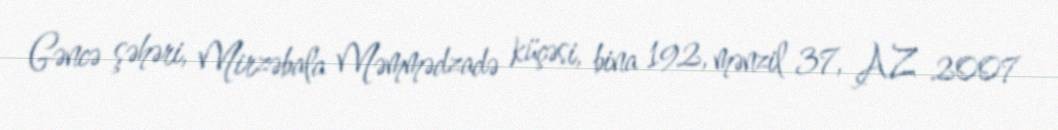
Gəncə şəhəri, Mirzəbala Məmmədzadə küçəsi, bina 192, mənzil 37, AZ 2007